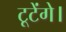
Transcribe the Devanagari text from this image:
टूटेंगे।